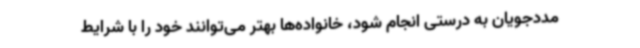
مددجویان به درستی انجام شود، خانواده‌ها بهتر می‌توانند خود را با شرایط